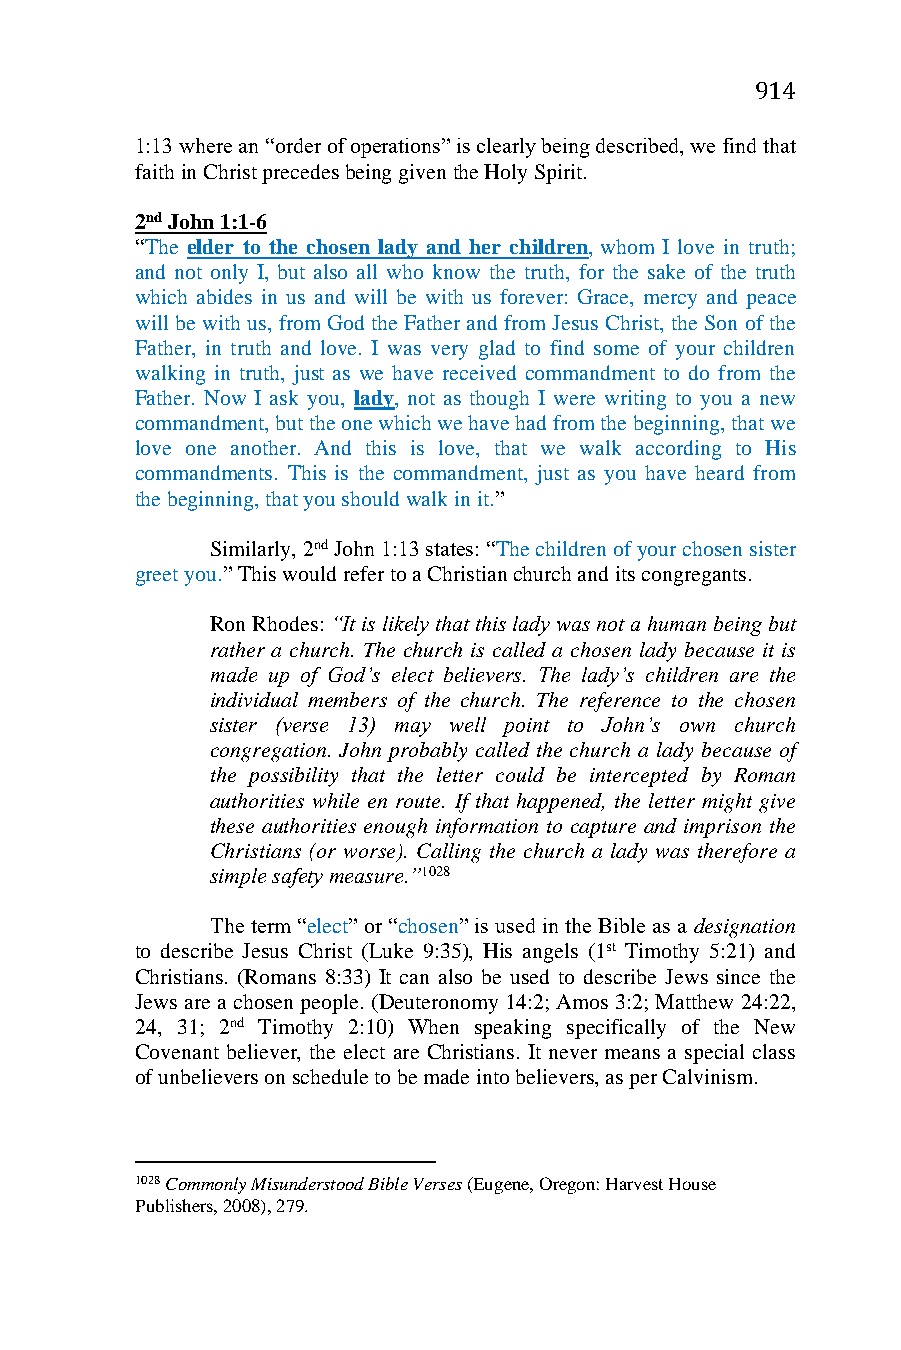
914
 1:13 where an “order of operations” is clearly being described, we find that
 faith in Christ precedes being given the Holy Spirit.
 2nd John 1:1-6
 “The elder to the chosen lady and her children, whom I love in truth;
 and not only I, but also all who know the truth, for the sake of the truth
 which abides in us and will be with us forever: Grace, mercy and peace
 will be with us, from God the Father and from Jesus Christ, the Son of the
 Father, in truth and love. I was very glad to find some of your children
 walking in truth, just as we have received commandment to do from the
 Father. Now I ask you, lady, not as though I were writing to you a new
 commandment, but the one which we have had from the beginning, that we
 love one another. And this is love, that we walk according to His
 commandments. This is the commandment, just as you have heard from
 the beginning, that you should walk in it.”
 Similarly, 2nd John 1:13 states: “The children of your chosen sister
 greet you.” This would refer to a Christian church and its congregants.
 Ron Rhodes: “It is likely that this lady was not a human being but
 rather a church. The church is called a chosen lady because it is
 made up of God’s elect believers. The lady’s children are the
 individual members of the church. The reference to the chosen
 sister (verse 13) may well point to John’s own church
 congregation. John probably called the church a lady because of
 the possibility that the letter could be intercepted by Roman
 authorities while en route. If that happened, the letter might give
 these authorities enough information to capture and imprison the
 Christians (or worse). Calling the church a lady was therefore a
 simple safety measure.”1028
 The term “elect” or “chosen” is used in the Bible as a designation
 to describe Jesus Christ (Luke 9:35), His angels (1st Timothy 5:21) and
 Christians. (Romans 8:33) It can also be used to describe Jews since the
 Jews are a chosen people. (Deuteronomy 14:2; Amos 3:2; Matthew 24:22,
 24, 31; 2nd Timothy 2:10) When speaking specifically of the New
 Covenant believer, the elect are Christians. It never means a special class
 of unbelievers on schedule to be made into believers, as per Calvinism.
 1028 Commonly Misunderstood Bible Verses (Eugene, Oregon: Harvest House
 Publishers, 2008), 279.